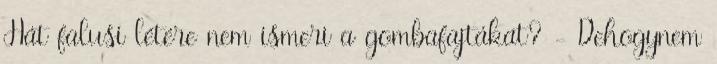
Hát falusi létére nem ismeri a gombafajtákat? - Dehogynem